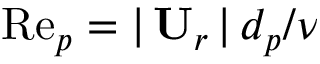
\mathrm { R e } _ { p } = \vert \, \mathbf { U } _ { r } \, \vert \, d _ { p } / \nu